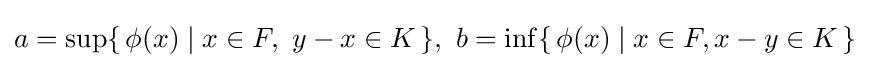
a=\sup\{\,\phi (x)\mid x\in F,\ y-x\in K\,\},\ b=\inf\{\,\phi (x)\mid x\in F,x-y\in K\,\}